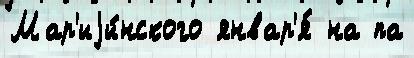
Мар'иjи́нского январ'я́ на па